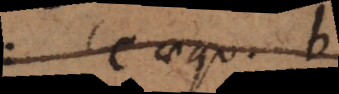
c aequ. b